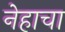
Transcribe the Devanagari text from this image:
नेहाचा